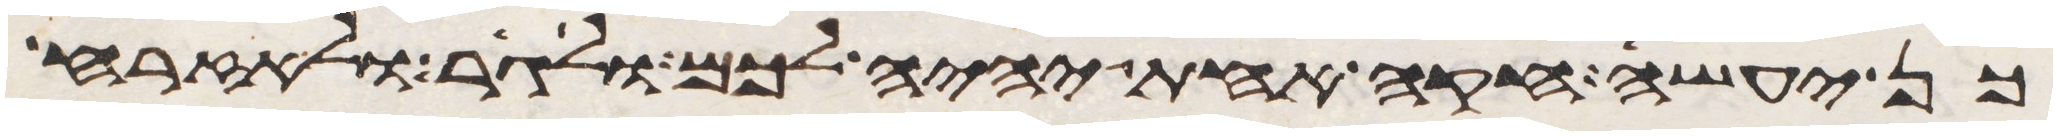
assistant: כן יעשה חקה אחת יהיה לכם ולגר ולאזרח